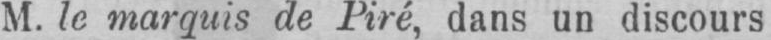
M. le marquis de Piré, dans un discours